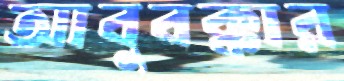
আবুবক্কার